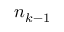
n _ { k - 1 }